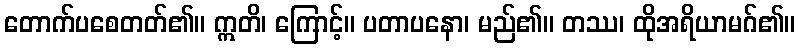
တောက်ပစေတတ်၏။ ဣတိ၊ ကြောင့်။ ပတာပနော၊ မည်၏။ တဿ၊ ထိုအရိယာမဂ်၏။